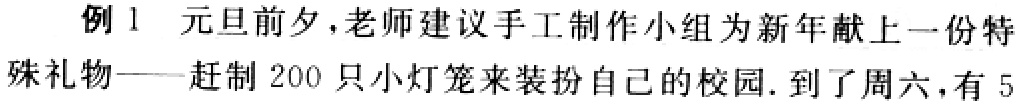
例 1 元旦前夕，老师建议手工制作小组为新年献上一份特
殊礼物——赶制 200 只小灯笼来装扮自己的校园. 到了周六，有 5